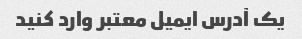
یک آدرس ایمیل معتبر وارد کنید